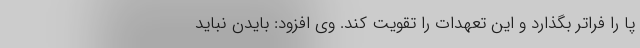
پا را فراتر بگذارد و این تعهدات را تقویت کند. وی افزود: بایدن نباید